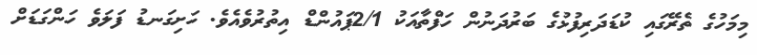
މިމަހުގެ ތެރޭގައި ކުޑަދަރިފުޅުގެ ބަރުދަނުން ހަފްތާއަކު 2/1ޕައުންޑް އިތުރުވެއެވެ. ހަށިގަނޑު ފަލަވެ ހަންގަޑަށް